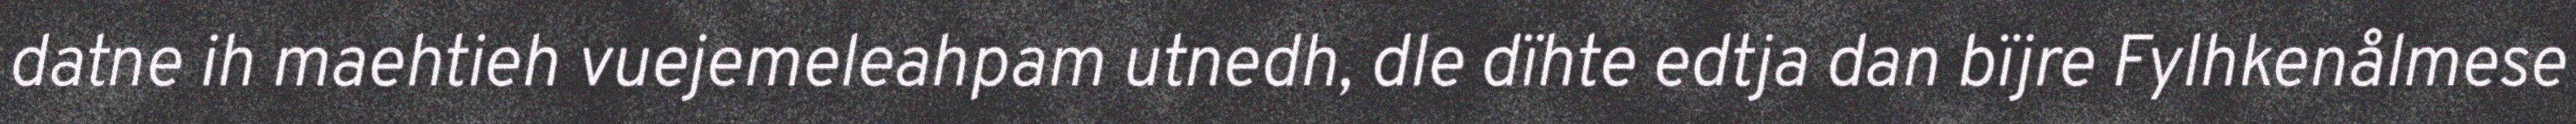
datne ih maehtieh vuejemeleahpam utnedh, dle dïhte edtja dan bïjre Fylhkenålmese